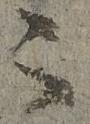
被